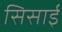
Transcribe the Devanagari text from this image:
सिसाई